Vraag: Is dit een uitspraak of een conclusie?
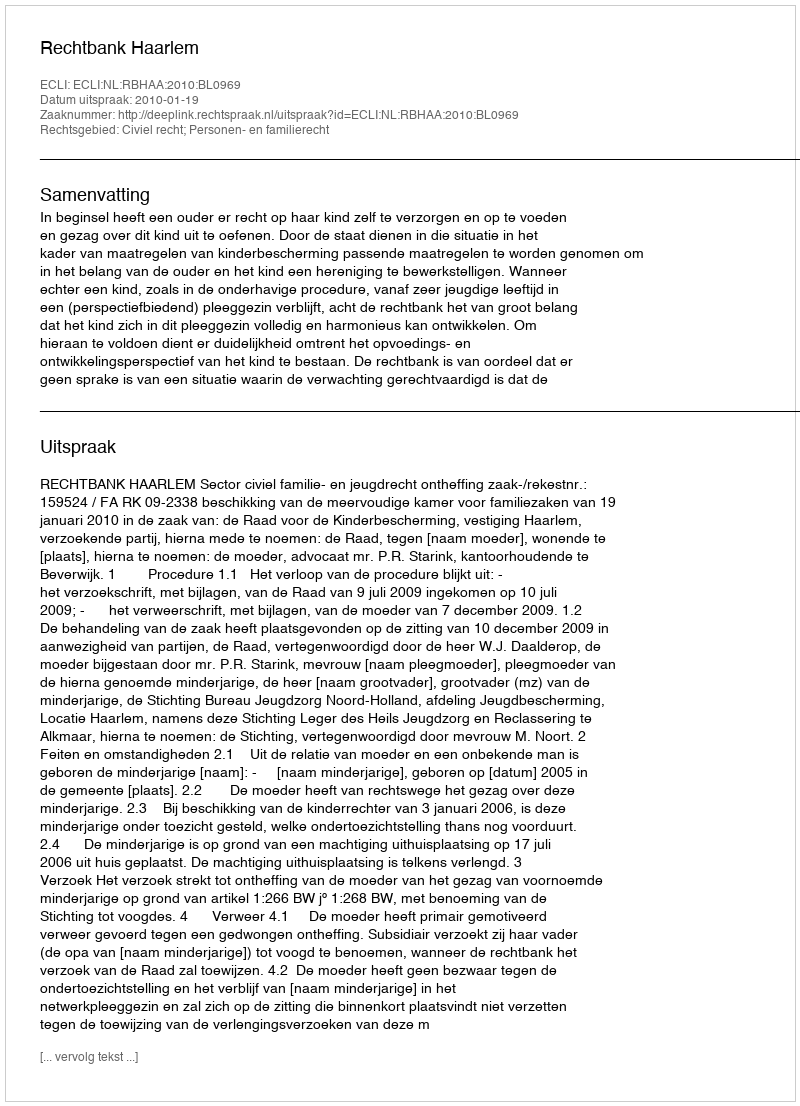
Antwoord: Uitspraak